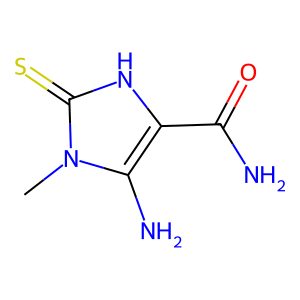
SMILES: Cn1c(N)c(C(N)=O)[nH]c1=S
Inhibits HIV replication: No